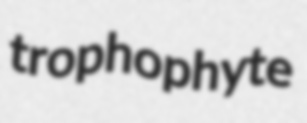
trophophyte